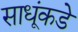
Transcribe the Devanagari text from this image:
साधूंकडे